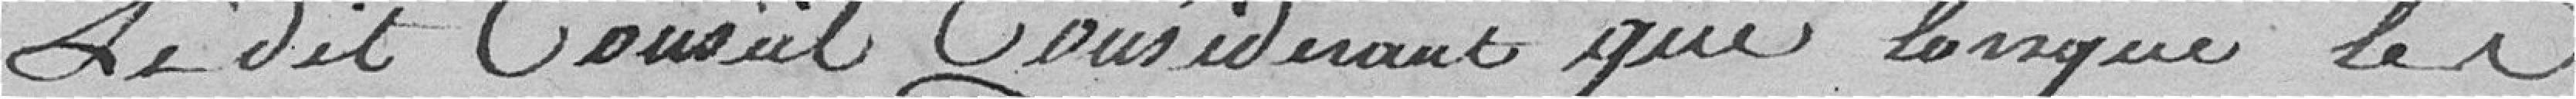
Ce dit Conseil considérant que lorsque les